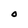
Character: O